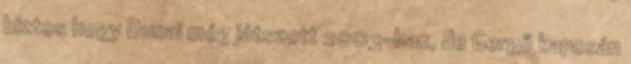
biztos hogy Dunai még játszott 2003-ban, de Gergő kapcsán